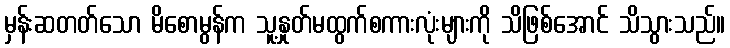
မှန်းဆတတ်သော မိစောမွန်က သူ့နှုတ်မထွက်စကားလုံးများကို သိဖြစ်အောင် သိသွားသည်။